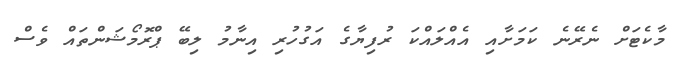
މާކެޓަށް ނެރޭނެ ކަމަށާއި އެއްލައްކަ ރުފިޔާގެ އަގުހުރި އިނާމު ލިބޭ ޕްރޮމޯޝަންތައް ވެސް